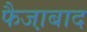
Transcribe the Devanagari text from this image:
फैजा़बाद